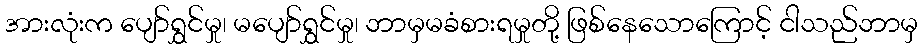
အားလုံးက ပျော်ရွှင်မှု၊ မပျော်ရွှင်မှု၊ ဘာမှမခံစားရမှုတို့ ဖြစ်နေသောကြောင့် ငါသည်ဘာမှ